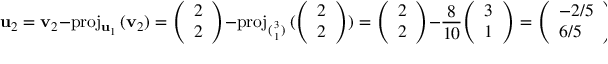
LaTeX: \mathbf { u } _ { 2 } = \mathbf { v } _ { 2 } - \mathrm { p r o j } _ { \mathbf { u } _ { 1 } } \, ( \mathbf { v } _ { 2 } ) = { \left( \begin{array} { l } { 2 } \\ { 2 } \end{array} \right) } - \mathrm { p r o j } _ { ( { 3 \atop 1 } ) } \, ( { { \left( \begin{array} { l } { 2 } \\ { 2 } \end{array} \right) } ) } = { \left( \begin{array} { l } { 2 } \\ { 2 } \end{array} \right) } - { \frac { 8 } { 1 0 } } { \left( \begin{array} { l } { 3 } \\ { 1 } \end{array} \right) } = { \left( \begin{array} { l } { - 2 / 5 } \\ { 6 / 5 } \end{array} \right) } .